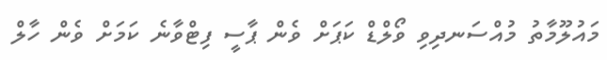
މައުލޫމާތު މުއްސަނދިވި ވޯލްޑް ކަޕަށް ވެން ޕާސީ ފިޓްވާނެ ކަމަށް ވެން ހާލް